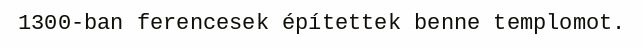
1300-ban ferencesek építettek benne templomot.